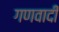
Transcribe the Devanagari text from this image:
गणवादी